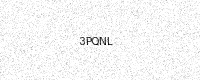
Text: 3PQNL